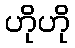
ဟိုဟို